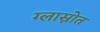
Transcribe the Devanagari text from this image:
ग्लास्नोत